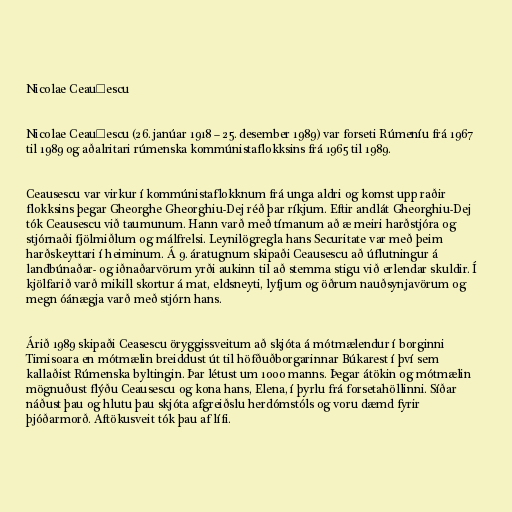
Nicolae Ceaușescu

Nicolae Ceaușescu (26. janúar 1918 – 25. desember 1989) var forseti Rúmeníu frá 1967
til 1989 og aðalritari rúmenska kommúnistaflokksins frá 1965 til 1989.

Ceausescu var virkur í kommúnistaflokknum frá unga aldri og komst upp raðir
flokksins þegar Gheorghe Gheorghiu-Dej réð þar ríkjum. Eftir andlát Gheorghiu-Dej
tók Ceausescu við taumunum. Hann varð með tímanum að æ meiri harðstjóra og
stjórnaði fjölmiðlum og málfrelsi. Leynilögregla hans Securitate var með þeim
harðskeyttari í heiminum. Á 9. áratugnum skipaði Ceausescu að úflutningur á
landbúnaðar- og iðnaðarvörum yrði aukinn til að stemma stigu við erlendar skuldir. Í
kjölfarið varð mikill skortur á mat, eldsneyti, lyfjum og öðrum nauðsynjavörum og
megn óánægja varð með stjórn hans.

Árið 1989 skipaði Ceasescu öryggissveitum að skjóta á mótmælendur í borginni
Timisoara en mótmælin breiddust út til höfðuðborgarinnar Búkarest í því sem
kallaðist Rúmenska byltingin. Þar létust um 1000 manns. Þegar átökin og mótmælin
mögnuðust flýðu Ceausescu og kona hans, Elena, í þyrlu frá forsetahöllinni. Síðar
náðust þau og hlutu þau skjóta afgreiðslu herdómstóls og voru dæmd fyrir
þjóðarmorð. Aftökusveit tók þau af lífi.